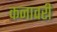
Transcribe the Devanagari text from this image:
कनावरी